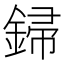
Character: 𨧪